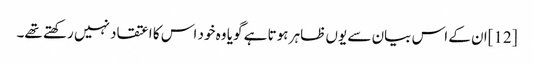
[12]ان کے اس بیان سے یوں ظاہر ہوتا ہے گویا وہ خود اس کا اعتقاد نہیں رکھتے تھے۔